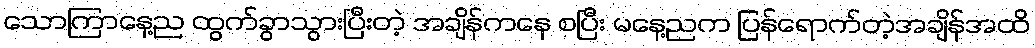
သောကြာနေ့ည ထွက်ခွာသွားပြီးတဲ့ အချိန်ကနေ စပြီး မနေ့ညက ပြန်ရောက်တဲ့အချိန်အထိ